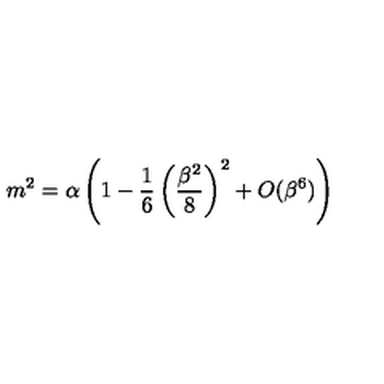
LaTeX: m ^ { 2 } = \alpha \left( 1 - \frac { 1 } { 6 } \left( \frac { \beta ^ { 2 } } { 8 } \right) ^ { 2 } + O ( \beta ^ { 6 } ) \right)